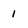
Character: 1